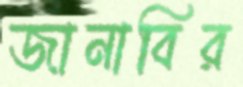
জানাবির